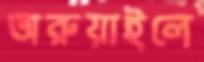
অরুয়াইলে